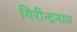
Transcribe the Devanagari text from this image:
गिरीन्द्रनाथ